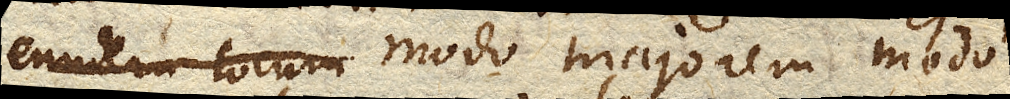
eundem locum modo majorem modo